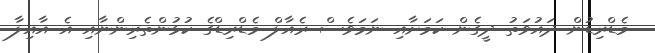
މެޑްރިޑުން ދައުވަތު ދީގެން ކަމަށާއި ނަމަވެސް ރެއާލް މެޑްރިޑްގެ ކުޅުންތެރިންނާއި އެ އާއިލާ